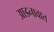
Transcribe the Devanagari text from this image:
आडनावात